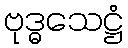
ဗုဒ္ဓသေဋ္ဌံ